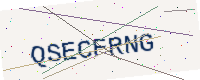
Text: QSECFRNG